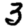
Digit: 3